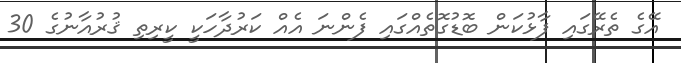
އޭގެ ތެރޭގައި ފާޅުކަން ބޮޑުގޮތެއްގައި ފެންނަ އެއް ކަރުދާހަކީ ކީރިތި ޤުރުއާނުގެ 30